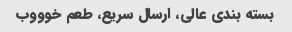
بسته بندی عالی، ارسال سریع، طعم خوووب